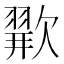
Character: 𪴲